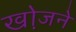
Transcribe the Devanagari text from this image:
खो़जने